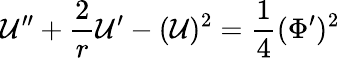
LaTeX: {\cal U}^{\prime\prime}+\frac{2}{r}{\cal U}^{\prime}-({\cal U})^{2}={\frac{1}{4}}(\Phi^{\prime})^{2}